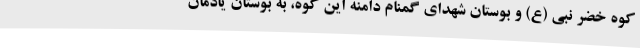
کوه خضر نبی (ع) و بوستان شهدای گمنام دامنه این کوه، به بوستان یادمان